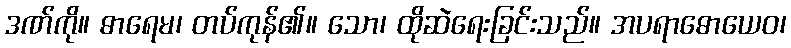
ဒဏ်ကို။ ဓာရေမ၊ တပ်ကုန်၏။ သော၊ ထိုဆဲရေးခြင်းသည်။ အပရာဓောယေဝ၊